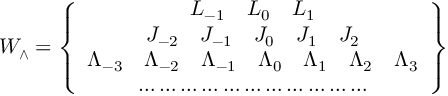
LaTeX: W _ { \wedge } = \left\{ \begin{array} { c } { { L _ { - 1 } \quad L _ { 0 } \quad L _ { 1 } } } \\ { { J _ { - 2 } \quad J _ { - 1 } \quad J _ { 0 } \quad J _ { 1 } \quad J _ { 2 } } } \\ { { \Lambda _ { - 3 } \quad \Lambda _ { - 2 } \quad \Lambda _ { - 1 } \quad \Lambda _ { 0 } \quad \Lambda _ { 1 } \quad \Lambda _ { 2 } \quad \Lambda _ { 3 } } } \\ { { \ldots \ldots \ldots \ldots \ldots \ldots \ldots \ldots \ldots \ldots \ldots } } \end{array} \right\}